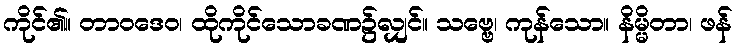
ကိုင်၏။ တာဝဒေဝ၊ ထိုကိုင်သောခဏ၌လျှင်။ သဗ္ဗေ၊ ကုန်သော။ နိမ္မိတာ၊ ဖန်